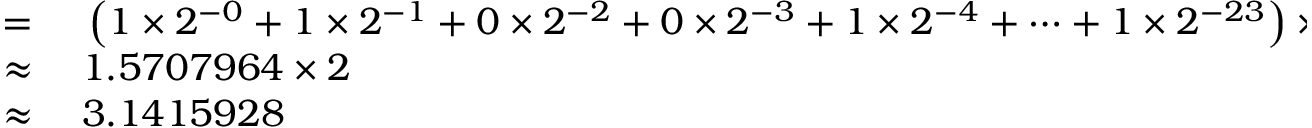
\begin{array} { r l } { = { } } & { { } \left( 1 \times 2 ^ { - 0 } + 1 \times 2 ^ { - 1 } + 0 \times 2 ^ { - 2 } + 0 \times 2 ^ { - 3 } + 1 \times 2 ^ { - 4 } + \cdots + 1 \times 2 ^ { - 2 3 } \right) \times 2 ^ { 1 } } \\ { \approx { } } & { { } 1 . 5 7 0 7 9 6 4 \times 2 } \\ { \approx { } } & { { } 3 . 1 4 1 5 9 2 8 } \end{array}